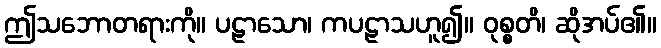
ဤသဘောတရားကို။ ပဠာသော၊ ကပဠာသဟူ၍။ ဝုစ္စတိ၊ ဆိုအပ်၏။